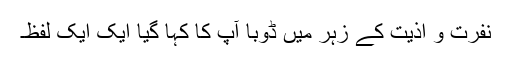
نفرت و اذیت کے زہر میں ڈوبا آپ کا کہا گیا ایک ایک لفظ۔